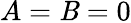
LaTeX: A=\mathit{B}=0